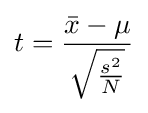
t={\frac {{\bar {x}}-\mu }{\sqrt {\frac {s^{2}}{N}}}}